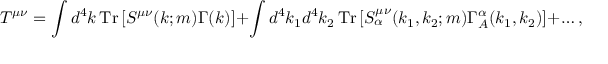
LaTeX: T ^ { \mu \nu } = \int d ^ { 4 } k \, { \mathrm { T r } } \left[ S ^ { \mu \nu } ( k ; m ) \Gamma ( k ) \right] + \int d ^ { 4 } k _ { 1 } d ^ { 4 } k _ { 2 } \, { \mathrm { T r } } \left[ S _ { \alpha } ^ { \mu \nu } ( k _ { 1 } , k _ { 2 } ; m ) \Gamma _ { A } ^ { \alpha } ( k _ { 1 } , k _ { 2 } ) \right] + \ldots ,